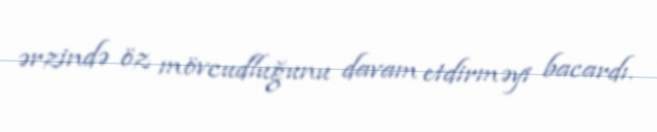
ərzində öz mövcudluğunu davam etdirməyi bacardı.